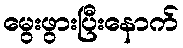
မွေးဖွားပြီးနောက်